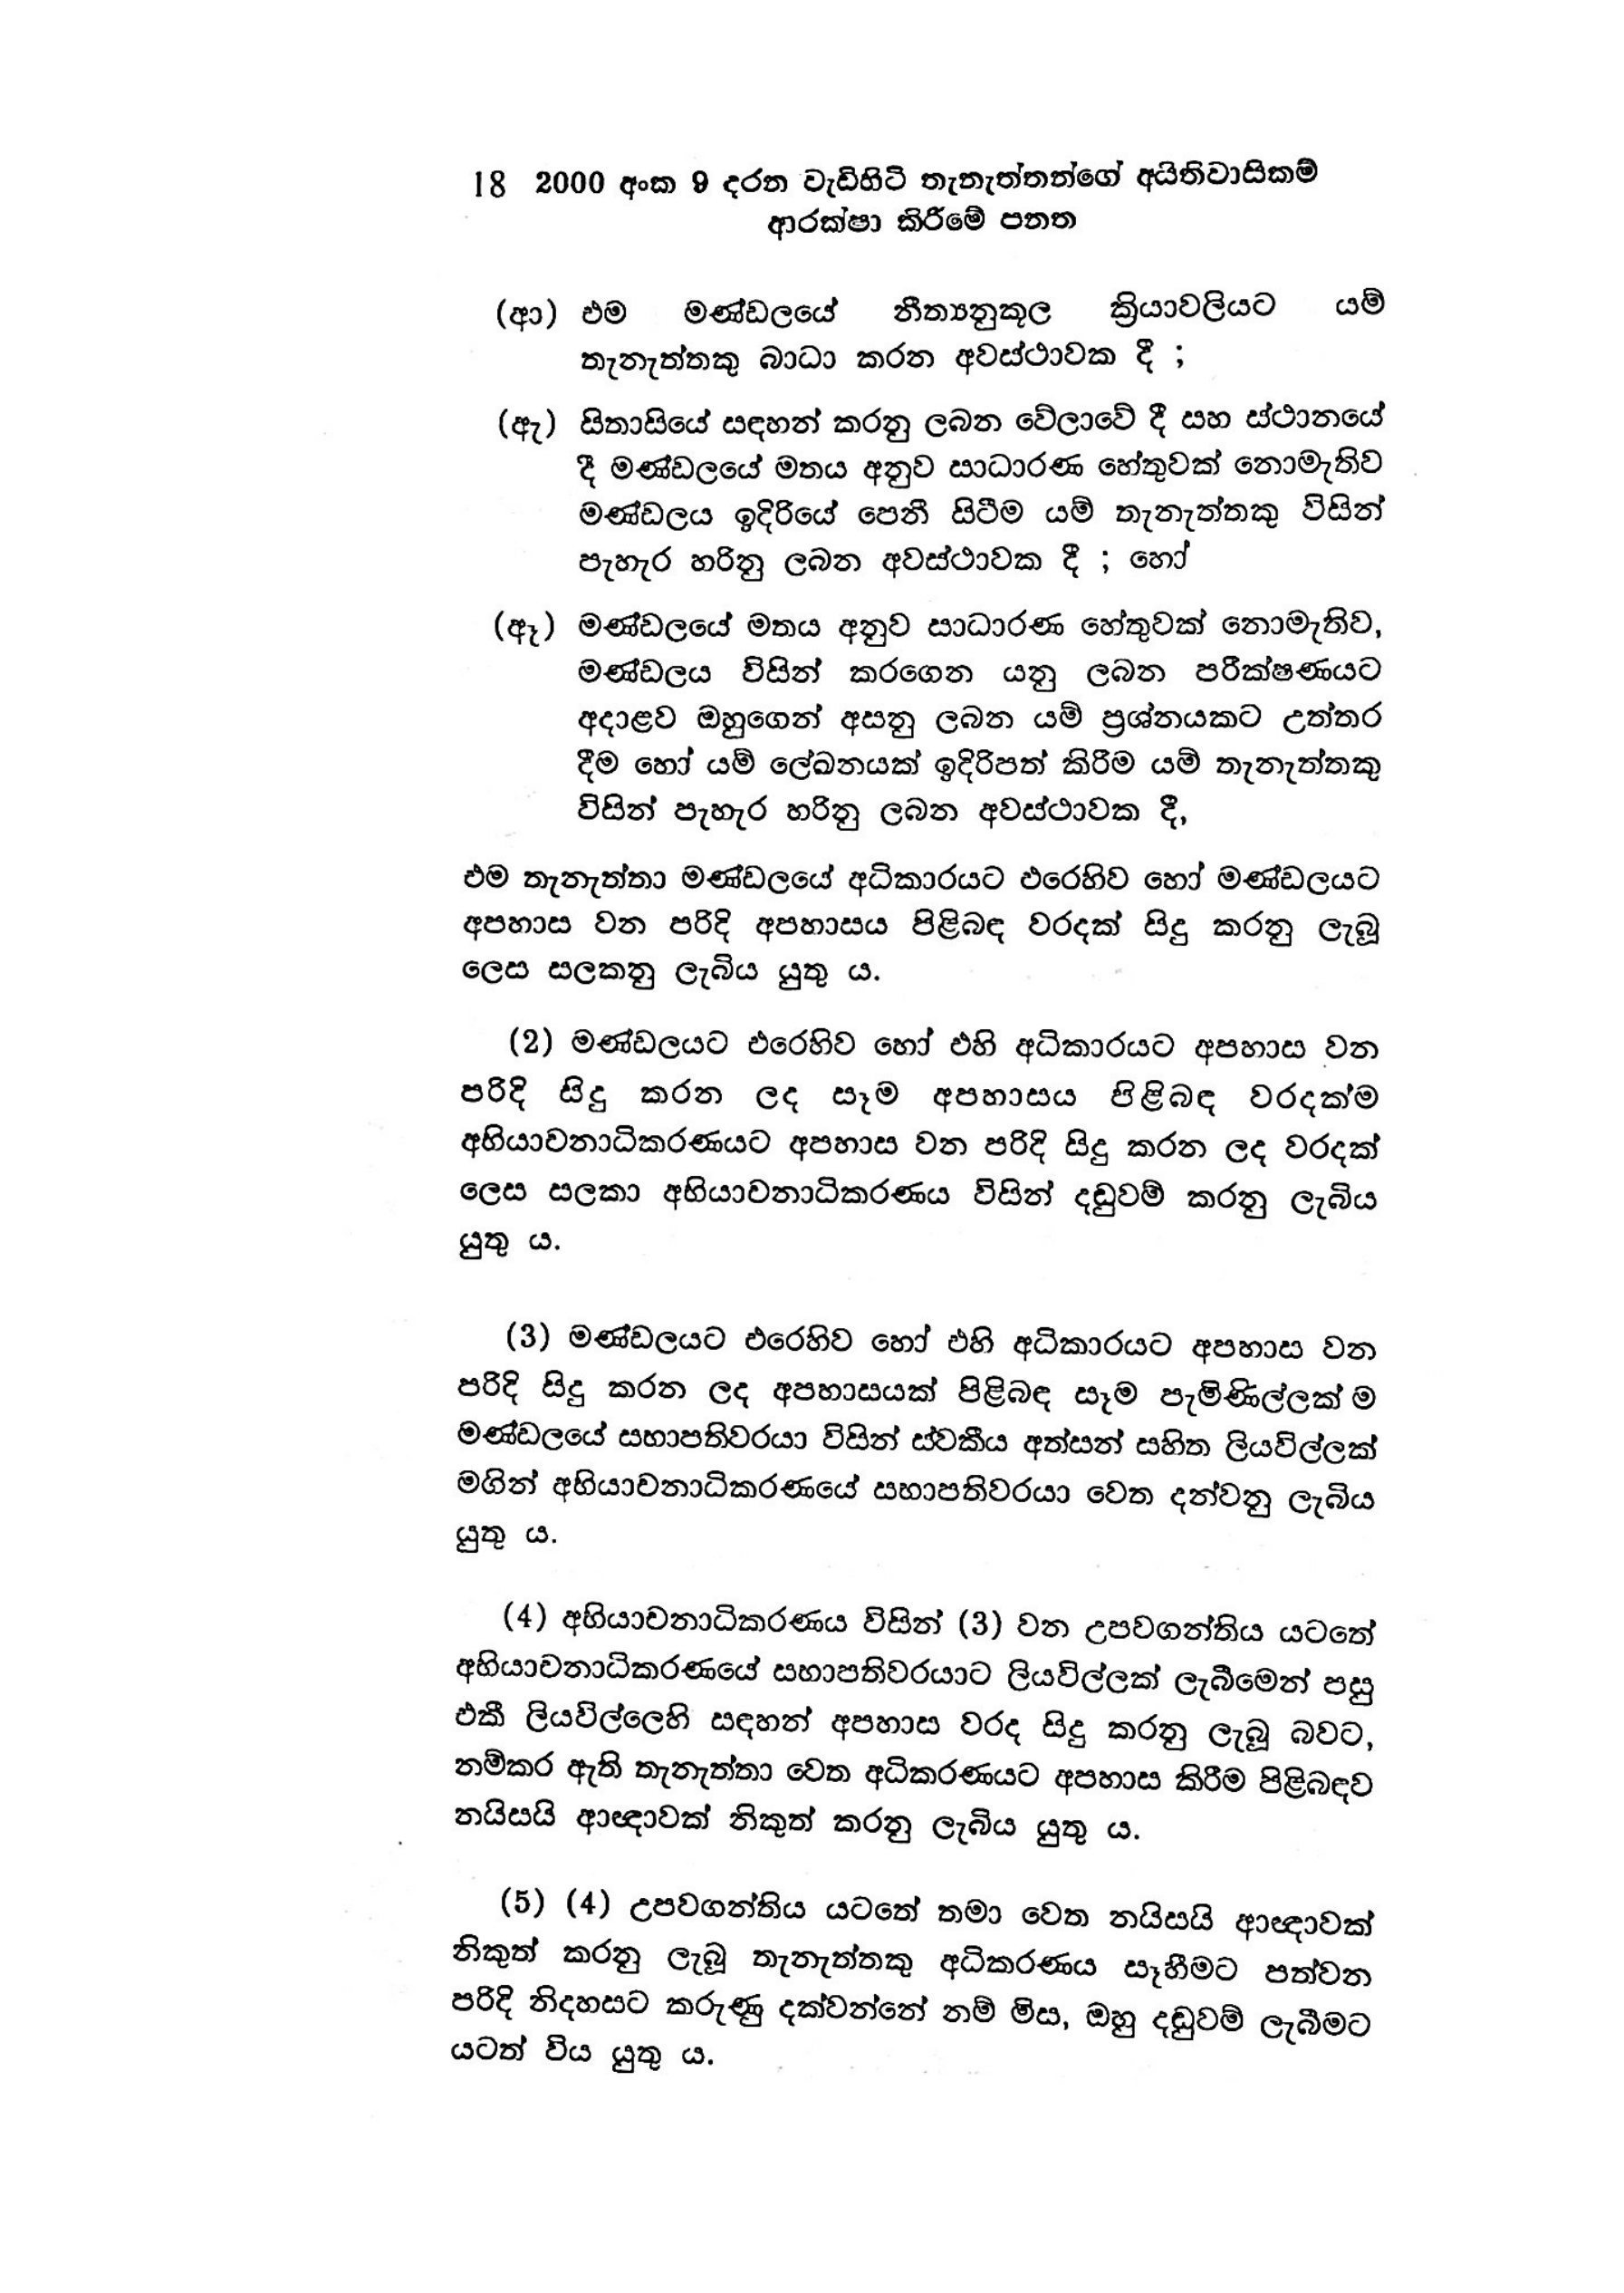
18 2000 අංක 9 දරන වැඩිහිටි තැනැත්තන්ගේ අයිතිවාසිකම්
ආරක්ෂා කිරීමේ පනත

(ආ) එම මණ්ඩලයේ නීත්‍යනුකූල ක්‍රියාවලියට යම්
තැනැත්තකු බාධා කරන අවස්ථාවක දී ;

(ඇ) සිතාසියේ සඳහන් කරනු ලබන වේලාවේ දී සහ ස්ථානයේ
දී මණ්ඩලයේ මතය අනුව සාධාරණ හේතුවක් නොමැතිව
මණ්ඩලය ඉදිරියේ පෙනී සිටීම යම් තැනැත්තකු විසින්
පැහැර හරිනු ලබන අවස්ථාවක දී ; හෝ

(ඈ) මණ්ඩලයේ මතය අනුව සාධාරණ හේතුවක් නොමැතිව,
මණ්ඩලය විසින් කරගෙන යනු ලබන පරීක්ෂණයට
අදාළව ඔහුගෙන් අසනු ලබන යම් ප්‍රශ්නයකට උත්තර
දීම හෝ යම් ලේඛනයක් ඉදිරිපත් කිරීම යම් තැනැත්තකු
විසින් පැහැර හරිනු ලබන අවස්ථාවක දී,

එම තැනැත්තා මණ්ඩලයේ අධිකාරයට ඵරෙහිව හෝ මණ්ඩලයට
අපහාස වන පරිදි අපහාසය පිළිබඳ වරදක් සිදු කරනු ලැබූ
ලෙස සලකනු ලැබිය යුතු ය.

(2) මණ්ඩලයට එරෙහිව හෝ එහි අධිකාරයට අපහාස වන
පරිදි සිදු කරන ලද සෑම අපහාසය පිළිබඳ වරදක්ම
අභියාචනාධිකරණයට අපහාස වන පරිදි සිදු කරන ලද වරදක්
ලෙස සලකා අභියාචනාධිකරණය විසින් දඬුවම් කරනු ලැබිය
යුතු ය.

(3) මණ්ඩලයට එරෙහිව හෝ එහි අධිකාරයට අපහාස වන
පරිදි සිදු කරන ලද අපහාසයක් පිළිබඳ සෑම පැමිණිල්ලක් ම
මණ්ඩලයේ සභාපතිවරයා විසින් ස්වකීය අත්සන් සහිත ලියවිල්ලක්
මගින් අභියාචනාධිකරණයේ සභාපතිවරයා වෙත දන්වනු ලැබිය
යුතු ය.

(4) අභියාචනාධිකරණය විසින් (3) වන උපවගන්තිය යටතේ
අභියාචනාධිකරණයේ සභාපතිවරයාට ලියවිල්ලක් ලැබීමෙන් පසු
එකී ලියවිල්ලෙහි සඳහන් අපහාස වරද සිදු කරනු ලැබූ බවට,
නම්කර ඇති තැනැත්තා වෙත අධිකරණයට අපහාස කිරීම පිළිබඳව
නයිසයි ආඥාවක් නිකුත් කරනු ලැබිය යුතු ය.

(5) (4) උපවගන්තිය යටතේ තමා වෙත නයිසයි ආඥාවක්
නිකුත් කරනු ලැබූ තැනැත්තකු අධිකරණය සෑහීමට පත්වන
පරිදි නිදහසට කරුණු දක්වන්නේ නම් මිස, ඔහු දඬුවම් ලැබීමට
යටත් විය යුතු ය.